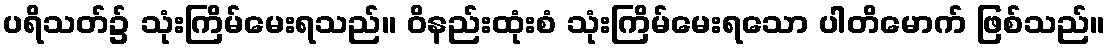
ပရိသတ်၌ သုံးကြိမ်မေးရသည်။ ဝိနည်းထုံးစံ သုံးကြိမ်မေးရသော ပါတိမောက် ဖြစ်သည်။